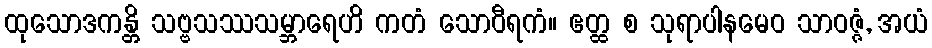
ထုသောဒကန္တိ သဗ္ဗသဿသမ္ဘာရေဟိ ကတံ သောဝီရကံ။ ဧတ္ထ စ သုရာပါနမေဝ သာဝဇ္ဇံ, အယံ